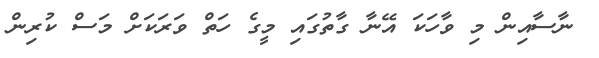
ނާސާއިން މި ވާހަކަ އޭނާ ގާތުގައި މީގެ ހަތް ވަރަކަށް މަސް ކުރިން